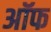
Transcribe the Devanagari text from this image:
अॉफ